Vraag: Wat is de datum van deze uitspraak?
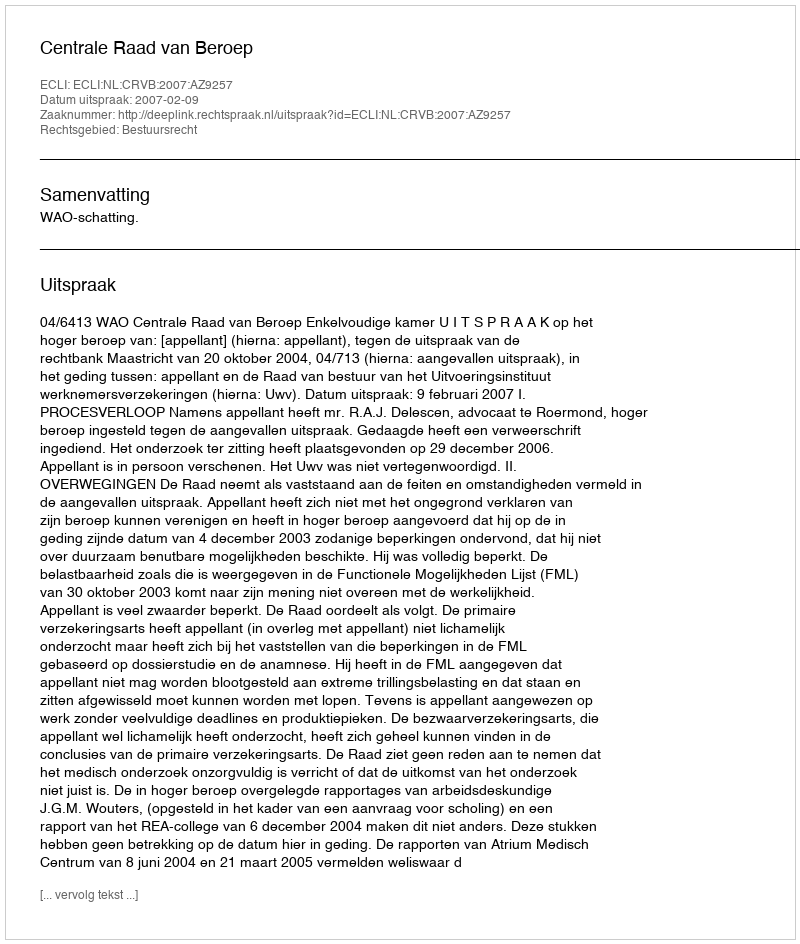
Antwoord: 2007-02-09